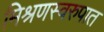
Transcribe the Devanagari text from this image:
मिश्रणस्वरुपात